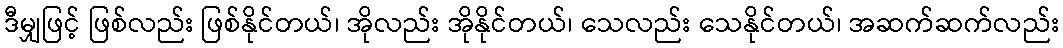
ဒီမျှဖြင့် ဖြစ်လည်း ဖြစ်နိုင်တယ်၊ အိုလည်း အိုနိုင်တယ်၊ သေလည်း သေနိုင်တယ်၊ အဆက်ဆက်လည်း